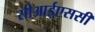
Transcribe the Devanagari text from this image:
सीआईएससी